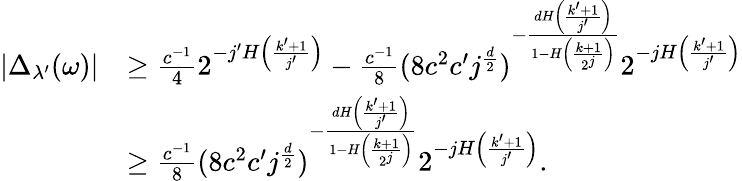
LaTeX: \begin{array}{rl}{|\Delta_{\lambda^{\prime}}(\omega)|}&{\geq\frac{c^{-1}}{4}2^{-j^{\prime}H\left(\frac{k^{\prime}+1}{j^{\prime}}\right)}-\frac{c^{-1}}{8}(8c^{2}c^{\prime}j^{\frac{d}{2}})^{-\frac{dH\left(\frac{k^{\prime}+1}{j^{\prime}}\right)}{1-H\left(\frac{k+1}{2^{j}}\right)}}2^{-jH\left(\frac{k^{\prime}+1}{j^{\prime}}\right)}}\\ &{\geq\frac{c^{-1}}{8}(8c^{2}c^{\prime}j^{\frac{d}{2}})^{-\frac{dH\left(\frac{k^{\prime}+1}{j^{\prime}}\right)}{1-H\left(\frac{k+1}{2^{j}}\right)}}2^{-jH\left(\frac{k^{\prime}+1}{j^{\prime}}\right)}.}\end{array}